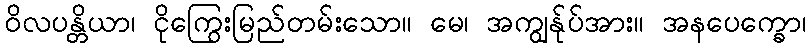
ဝိလပန္တိယာ၊ ငိုကြွေးမြည်တမ်းသော။ မေ၊ အကျွန်ုပ်အား။ အနပေက္ခော၊